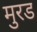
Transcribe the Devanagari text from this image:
मुरड